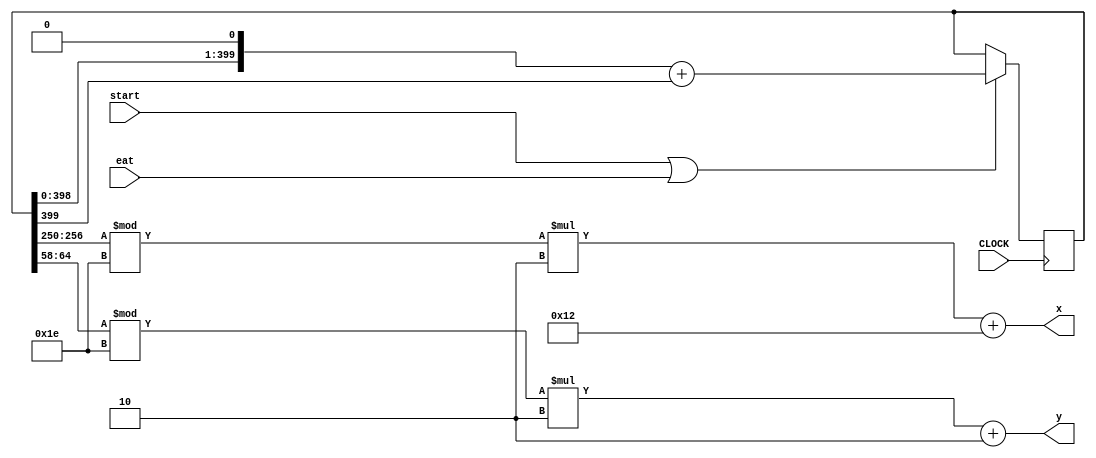
`timescale 1ns / 1ps
//////////////////////////////////////////////////////////////////////////////////
// Company: 
// Engineer: 
// 
// Design Name: 
// Module Name: rand_x_y
// Project Name: 
// Target Devices: 
// Tool Versions: 
// Description: 
// 
// Dependencies: 
// 
// Revision:
// Revision 0.01 - File Created
// Additional Comments:
// 
//////////////////////////////////////////////////////////////////////////////////


module rand_x_y(
    input CLOCK, eat, start,
    output [6:0] x, y
    );
    
    reg [399:0] list = 400'b0101101011100100100010001001000000000111100101010101011001101101110100110101101100011111010010101010111110001110110011111101010000010101101101110101010011111111100110000100110010101000110000101001011001010000000001010110111011010101010011000101010100010111111100011101110010110110111010101000010110110101001010101010101010001010001011111111111000011100110010001000000111101010010101000010101010101010;
    reg temp;
    
    always @ (posedge CLOCK) begin
        if (start || eat) begin
            temp = list[399];
            list = list << 1;
            list = list + temp;
        end
    end
    
    assign x = (list[256:250]%30)*2 + 18;
    assign y = (list[64:58]%30)*2 + 2;
        
endmodule